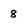
Character: 8